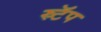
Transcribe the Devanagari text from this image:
स्र्टॅप